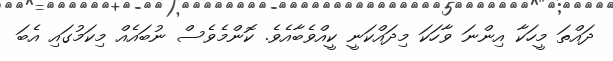
ދައްތަ މީހަކާ އިންނަ ވާހަކަ މިދައްކަނީ ކީއްވެބާއެވެ. ކޮންމެވެސް ނުބައެއް މިކަމުގައި އެބަ